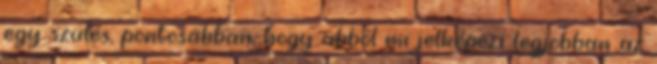
egy szülés, pontosabban, hogy abból mi jelképezi legjobban az